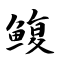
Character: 鳆